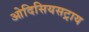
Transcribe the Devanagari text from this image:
ओदिसियसट्राय